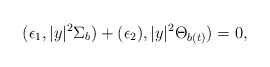
\begin{align*}(\epsilon_{1},|y|^{2}\Sigma_{b})+(\epsilon_{2}),|y|^{2}\Theta_{b(t)})=0,\end{align*}